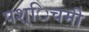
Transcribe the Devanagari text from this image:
पश्िचमी